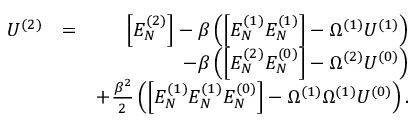
\begin{array} { r l r } { U ^ { ( 2 ) } } & { = } & { \Big [ E _ { N } ^ { ( 2 ) } \Big ] - \beta \left( \Big [ E _ { N } ^ { ( 1 ) } E _ { N } ^ { ( 1 ) } \Big ] - \Omega ^ { ( 1 ) } U ^ { ( 1 ) } \right) } \\ & { } & { - \beta \left( \Big [ E _ { N } ^ { ( 2 ) } E _ { N } ^ { ( 0 ) } \Big ] - \Omega ^ { ( 2 ) } U ^ { ( 0 ) } \right) } \\ & { } & { + \frac { \beta ^ { 2 } } { 2 } \left( \Big [ E _ { N } ^ { ( 1 ) } E _ { N } ^ { ( 1 ) } E _ { N } ^ { ( 0 ) } \Big ] - \Omega ^ { ( 1 ) } \Omega ^ { ( 1 ) } U ^ { ( 0 ) } \right) . } \end{array}